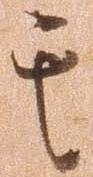
其